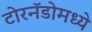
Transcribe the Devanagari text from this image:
टोरनॅडोमध्ये